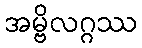
အမ္ဗိလဂ္ဂဿ